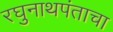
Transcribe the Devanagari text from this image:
रघुनाथपंताचा